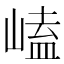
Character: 𡻊